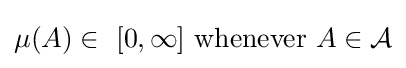
\mu (A)\in \ [0,\infty ]{\text{ whenever }}A\in {\mathcal {A}}